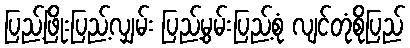
ပြည့်ဖြိုးပြည့်လျှမ်း ပြည့်မွမ်းပြည့်စုံ လျင်တုံစိုပြည်